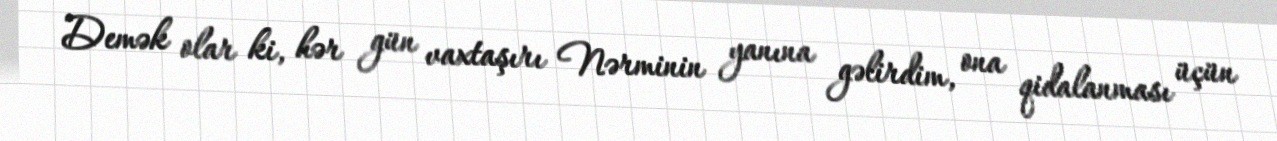
Demək olar ki, hər gün vaxtaşırı Nərminin yanına gəlirdim, ona qidalanması üçün